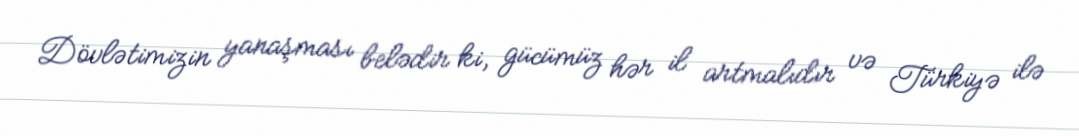
Dövlətimizin yanaşması belədir ki, gücümüz hər il artmalıdır və Türkiyə ilə